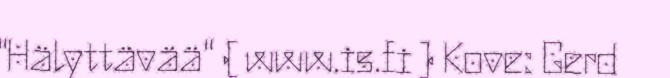
"Hälyttävää" ( www.is.fi ) Kove: Gerd